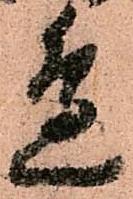
邊